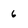
Character: 6